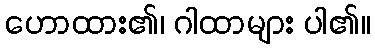
ဟောထား၏၊ ဂါထာများ ပါ၏။